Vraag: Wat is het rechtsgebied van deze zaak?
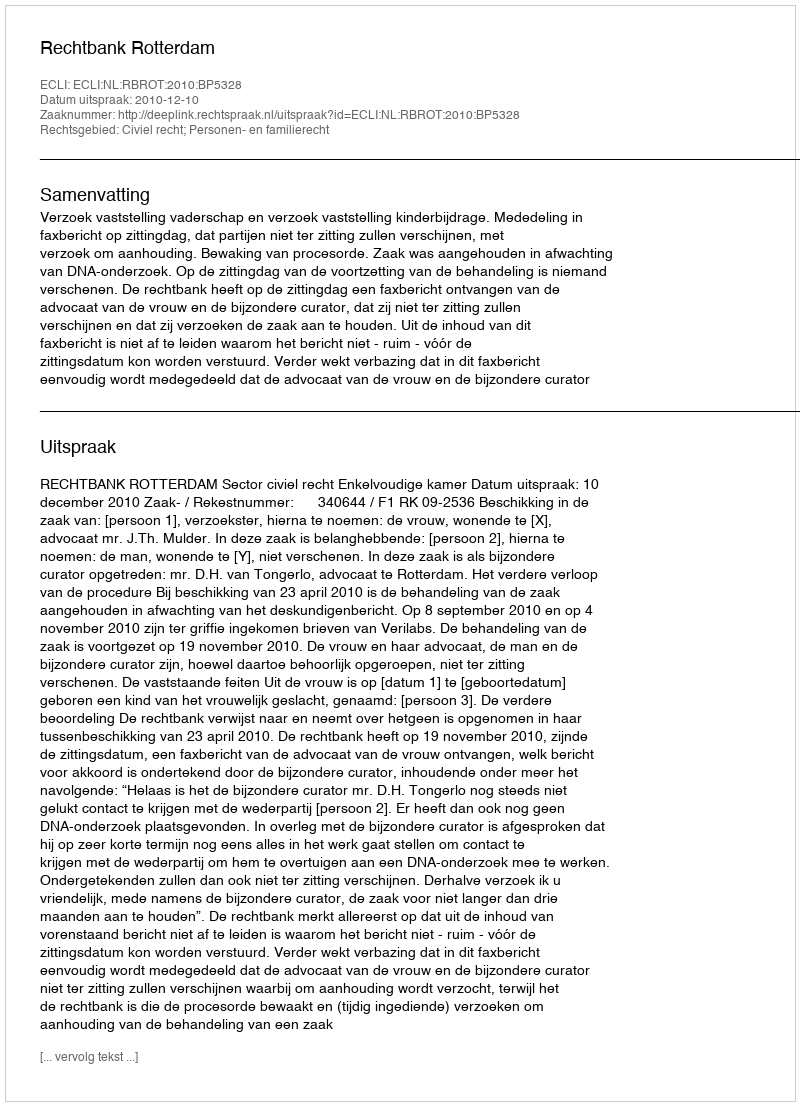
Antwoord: Civiel recht; Personen- en familierecht